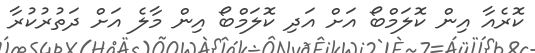
ކޮރެއާ އިން ކޮލަމްބޯ އަށް އަދި ކޮލަމްބޯ އިން މާލެ އަށް ދަތުރުކުރާ